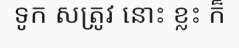
ទូក សត្រូវ នោះ ខ្លះ ក៏